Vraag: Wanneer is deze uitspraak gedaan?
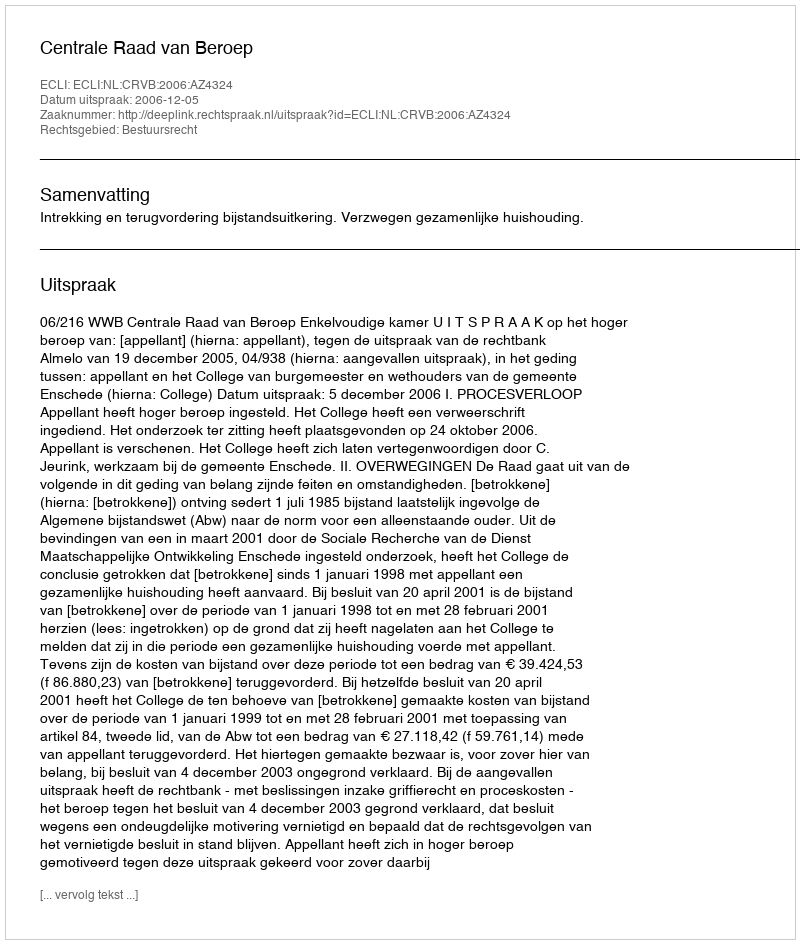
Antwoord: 2006-12-05